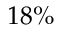
1 8 \%